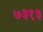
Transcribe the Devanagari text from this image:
७३१३